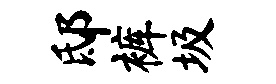
邸裤圾